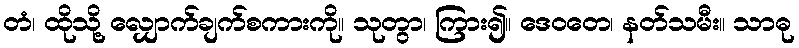
တံ၊ ထိုသို့ လျှောက်ချက်စကားကို။ သုတွာ၊ ကြား၍။ ဒေဝတေ၊ နတ်သမီး။ သာဓု